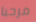
مرحبا